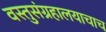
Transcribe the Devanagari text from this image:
वस्तुसंग्रहालयाचाच